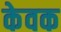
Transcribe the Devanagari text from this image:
केवक